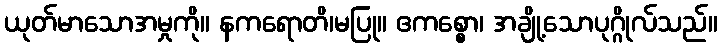
ယုတ်မာသောအမှုကို။ နကရောတိ၊မပြု။ ဧကစ္စော၊ အချို့သောပုဂ္ဂိုလ်သည်။